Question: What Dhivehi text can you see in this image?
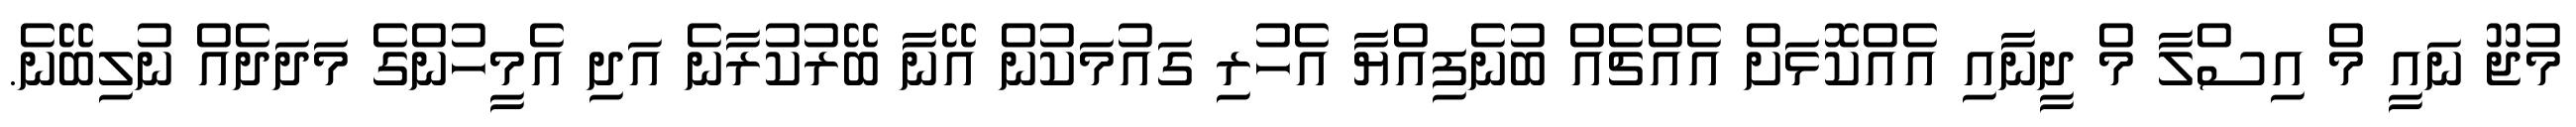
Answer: މުޖޫ ނައީ މް އިސްލާ މް ދީނާއި އެއްކޮޅަށް އެއްޗެއް ބުނެފިއްޔާ އެހުރި ގައުމަކުން އޭނާ ބޭރުކުރާނެ އަދި އެމީހުންގެ މަދަދެއް ނުލިބޭނެ.